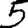
Digit: 5